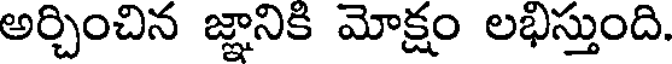
అర్చించిన జ్ఞానికి మోక్షం లభిస్తుంది.